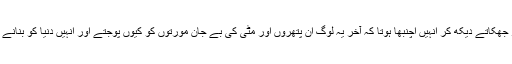
لوگوں کو ان کے آگے سر جھکاتے دیکھ کر انہیں اچنبھا ہوتا کہ آخر یہ لوگ ان پتھروں اور مٹی کی بے جان مورتوں کو کیوں پوجتے اور انہیں دنیا کو بنانے اور پالنے والا جانتے ہیں۔